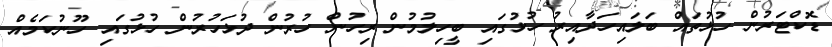
ޑޮކްޓަރުން ހުޅުތައް ބަލައިހަދާއިރު ހުޅުގައި ބީހިލުމުން ރިހުން ހުރުން ދުޅަހުރުން ހުޅުގައި ހޫނުކަމެއް